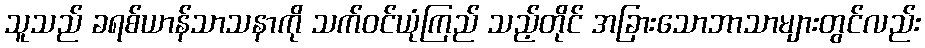
သူသည် ခရစ်ယာန်သာသနာကို သက်ဝင်ယုံကြည် သည့်တိုင် အခြားသောဘာသာများတွင်လည်း